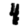
Digit: 4